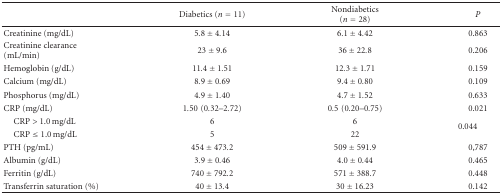
|  | Diabetics (n = 11) | Nondiabetics (n = 28) | P |
 | --- | --- | --- | --- |
 | Creatinine (mg/dL) | 5.8 ± 4.14 | 6.1 ± 4.42 | 0.863 |
 | Creatinine clearance (mL/min) | 23 ± 9.6 | 36 ± 22.8 | 0.206 |
 | Hemoglobin (g/dL) | 11.4 ± 1.51 | 12.3 ± 1.71 | 0.159 |
 | Calcium (mg/dL) | 8.9 ± 0.69 | 9.4 ± 0.80 | 0.109 |
 | Phosphorus (mg/dL) | 4.9 ± 1.40 | 4.7 ± 1.52 | 0.633 |
 | CRP (mg/dL) | 1.50(0.32–2.72) | 0.5(0.20–0.75) | 0.021 |
 | CRP > 1.0 mg/dL | 6 | 6 | <ROWSPAN=2> 0.044 |
 | CRP ≤ 1.0 mg/dL | 5 | 22 |
 | PTH (pg/mL) | 454 ± 473.2 | 509 ± 591.9 | 0,787 |
 | Albumin (g/dL) | 3.9 ± 0.46 | 4.0 ± 0.44 | 0.465 |
 | Ferritin (g/dL) | 740 ± 792.2 | 571 ± 388.7 | 0.448 |
 | Transferrin saturation (%) | 40 ± 13.4 | 30 ± 16.23 | 0.142 |